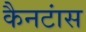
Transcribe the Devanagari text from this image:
कैनटांस